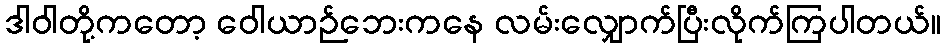
ဒါဝါတို့ကတော့ ဝေါယာဉ်ဘေးကနေ လမ်းလျှောက်ပြီးလိုက်ကြပါတယ်။